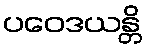
ပဝေဒယန္တိ